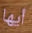
أيها